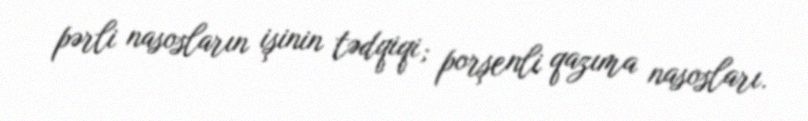
pərli nasosların işinin tədqiqi; porşenli qazıma nasosları.